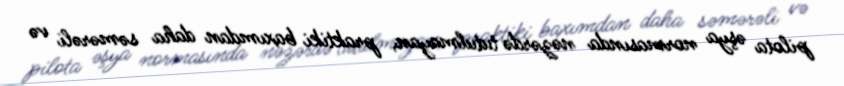
pilota əşya normasında nəzərdə tutulmayan, praktiki baxımdan daha səmərəli və